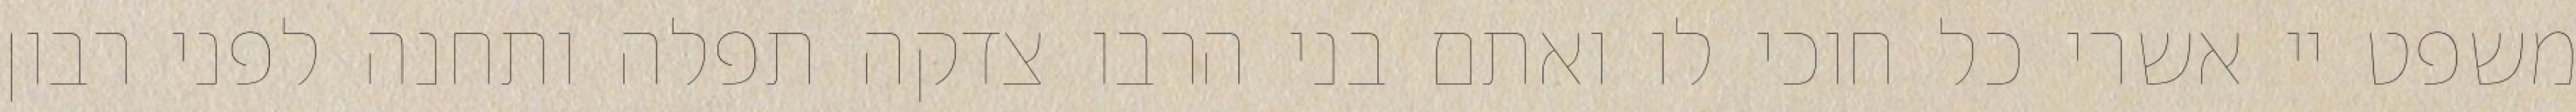
משפט יי אשרי כל חוכי לו ואתם בני הרבו צדקה תפלה ותחנה לפני רבון